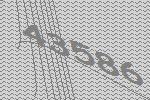
43586